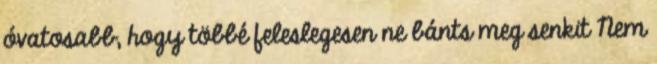
óvatosabb, hogy többé feleslegesen ne bánts meg senkit Nem